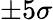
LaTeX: \pm 5\sigma